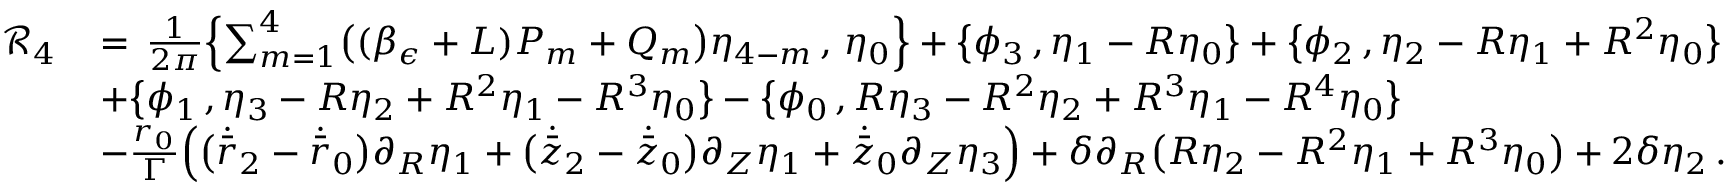
\begin{array} { r l } { \mathcal { R } _ { 4 } \, } & { = \, \frac { 1 } { 2 \pi } \Bigl \{ \sum _ { m = 1 } ^ { 4 } \bigl ( ( \beta _ { \epsilon } + L ) P _ { m } + Q _ { m } \bigr ) \eta _ { 4 - m } \, , \, \eta _ { 0 } \Bigr \} + \bigl \{ \phi _ { 3 } \, , \eta _ { 1 } - R \eta _ { 0 } \bigr \} + \bigl \{ \phi _ { 2 } \, , \eta _ { 2 } - R \eta _ { 1 } + R ^ { 2 } \eta _ { 0 } \bigr \} } \\ & { + \bigl \{ \phi _ { 1 } \, , \eta _ { 3 } - R \eta _ { 2 } + R ^ { 2 } \eta _ { 1 } - R ^ { 3 } \eta _ { 0 } \bigr \} - \bigl \{ \phi _ { 0 } \, , R \eta _ { 3 } - R ^ { 2 } \eta _ { 2 } + R ^ { 3 } \eta _ { 1 } - R ^ { 4 } \eta _ { 0 } \bigr \} } \\ & { - \frac { r _ { 0 } } { \Gamma } \Bigr ( \bigl ( \dot { \bar { r } } _ { 2 } - \dot { \bar { r } } _ { 0 } \bigr ) \partial _ { R } \eta _ { 1 } + \bigl ( \dot { \bar { z } } _ { 2 } - \dot { \bar { z } } _ { 0 } \bigr ) \partial _ { Z } \eta _ { 1 } + \dot { \bar { z } } _ { 0 } \partial _ { Z } \eta _ { 3 } \Bigr ) + \delta \partial _ { R } \bigl ( R \eta _ { 2 } - R ^ { 2 } \eta _ { 1 } + R ^ { 3 } \eta _ { 0 } \bigr ) + 2 \delta \eta _ { 2 } \, . } \end{array}